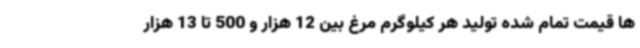
ها قیمت تمام شده تولید هر کیلوگرم مرغ بین 12 هزار و 500 تا 13 هزار